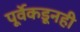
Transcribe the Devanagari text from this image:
पूर्वेकडूनही